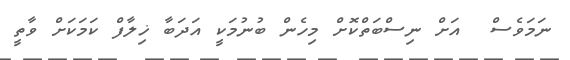
ނަމަވެސް  އަށް ނިސްބަތްކޮށް މިހެން ބުނުމަކީ އަދަބާ ޚިލާފް ކަމަކަށް ވާތީ